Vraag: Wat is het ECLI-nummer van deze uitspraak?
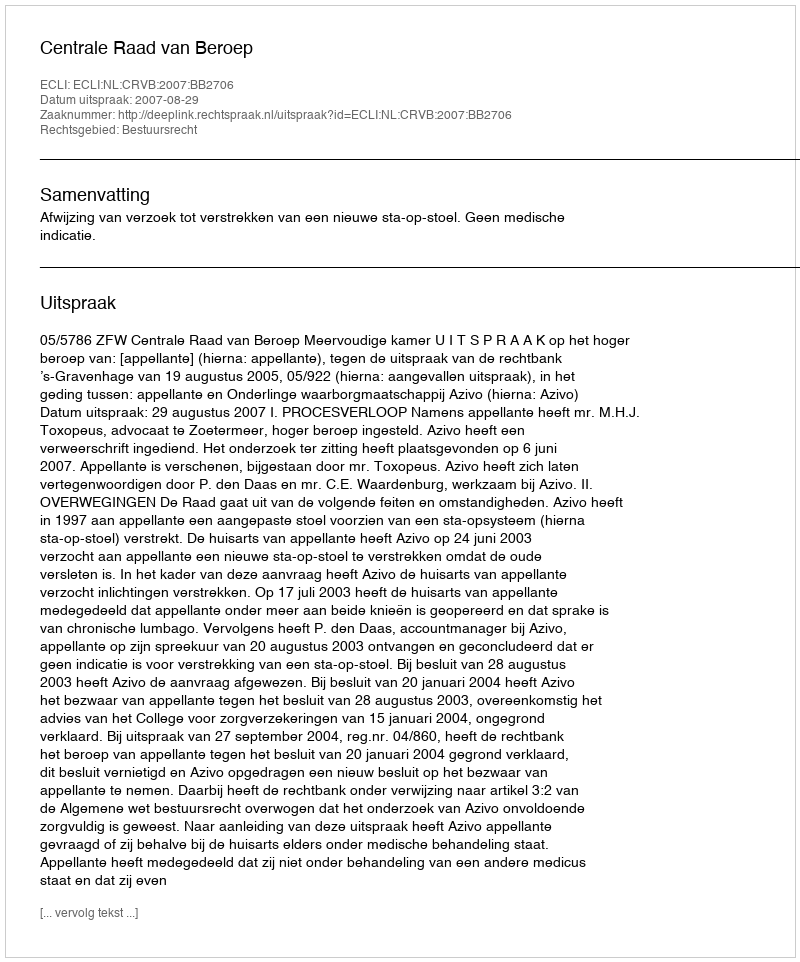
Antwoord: ECLI:NL:CRVB:2007:BB2706